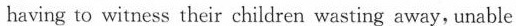
having to witness their children wasting away, unable